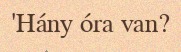
'Hány óra van?